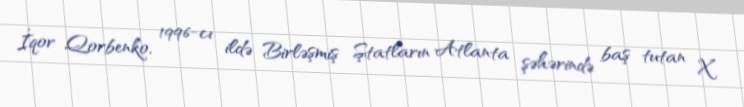
İqor Qorbenko, 1996-cı ildə Birləşmiş Ştatların Atlanta şəhərində baş tutan X